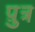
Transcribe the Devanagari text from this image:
प़ुत्र